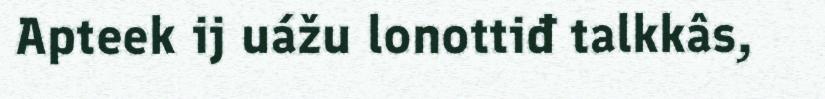
Apteek ij uážu lonottiđ talkkâs,